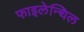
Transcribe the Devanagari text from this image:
फाइलेन्थिल